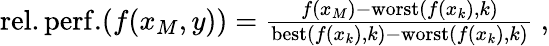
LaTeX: \begin{array}{r}{\mathrm{rel.perf.}(f(x_{M},y))=\frac{f(x_{M})-\mathrm{worst}(f(x_{k}),k)}{\mathrm{best}(f(x_{k}),k)-\mathrm{worst}(f(x_{k}),k)}\ ,}\end{array}